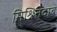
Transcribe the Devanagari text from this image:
मिश्रितदाब